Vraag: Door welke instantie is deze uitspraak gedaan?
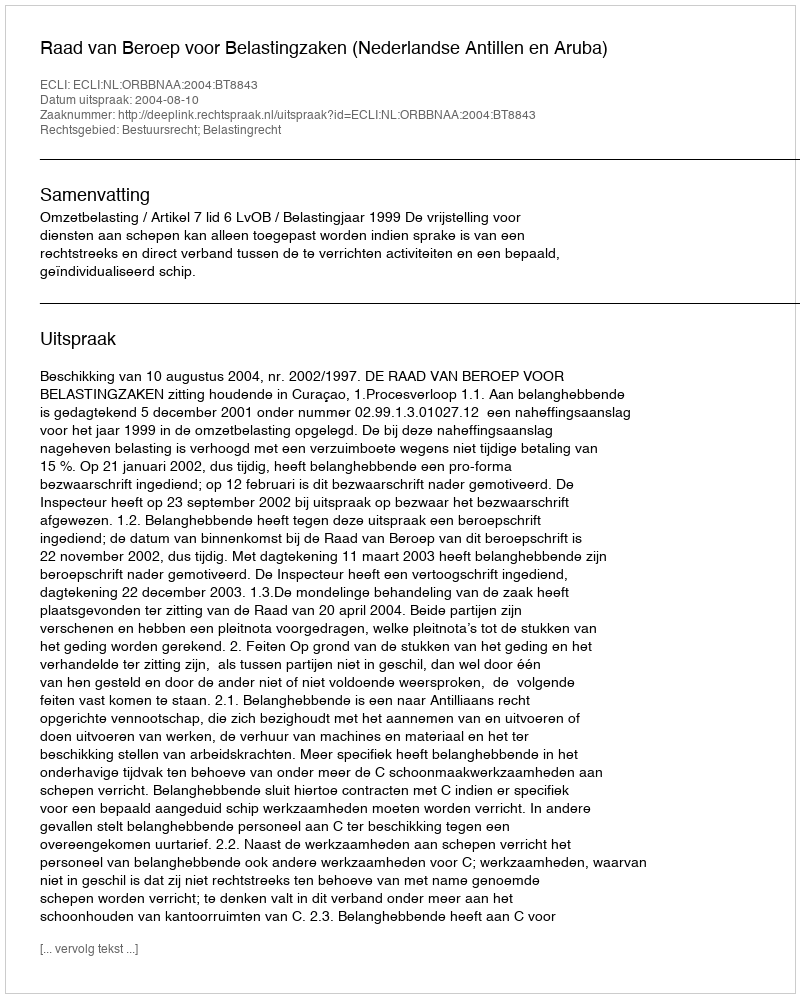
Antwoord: Raad van Beroep voor Belastingzaken (Nederlandse Antillen en Aruba)